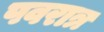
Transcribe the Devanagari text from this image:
पवरात्र